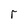
Character: r